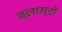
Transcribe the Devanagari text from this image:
व्लास्टो